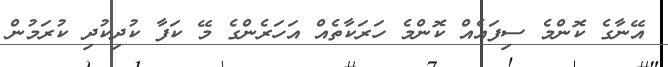
އޭނާގެ ކޮންމެ ސިފައެއް ކޮންމެ ހަރަކާތެއް އަހަރެންގެ މޭ ކަފާ ކުދިކުދި ކުރަމުން